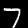
Label: 7